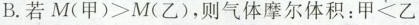
B.若$$M ( 甲 ) > M ( 乙 )$$，则气体摩尔体积：$$甲 < 乙$$